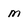
Character: m